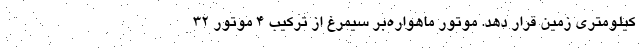
کیلومتری زمین قرار دهد. موتور ماهواره‌بر سیمرغ از ترکیب ۴ موتور ۳۲